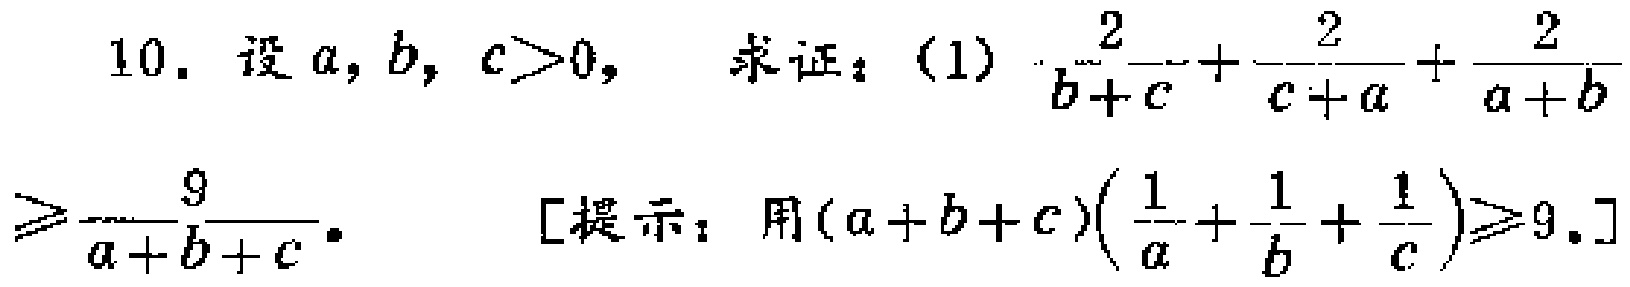
10. 设\(a,b,c > 0\)， 求证：(1) \(\frac{2}{b + c}+\frac{2}{c + a}+\frac{2}{a + b}\geqslant\frac{9}{a + b + c}\)。 [提示：用\((a + b + c)(\frac{1}{a}+\frac{1}{b}+\frac{1}{c})\geqslant9\)。]